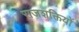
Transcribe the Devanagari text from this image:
राजशक्तियों